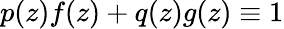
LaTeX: p(z)f(z)+q(z)g(z)\equiv 1